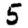
Digit: 5